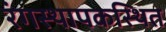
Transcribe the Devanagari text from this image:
रंगस्थापकस्थित